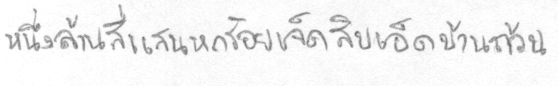
หนึ่งล้านสี่แสนหกร้อยเจ็ดสิบเอ็ดบาทถ้วน